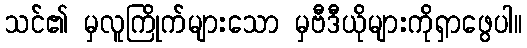
သင်၏ မှလူကြိုက်များသော မှဗီဒီယိုများကိုရှာဖွေပါ။